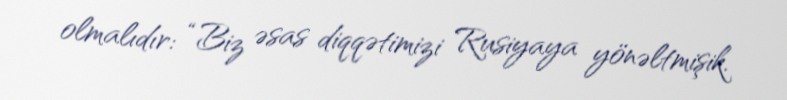
olmalıdır: “Biz əsas diqqətimizi Rusiyaya yönəltmişik.